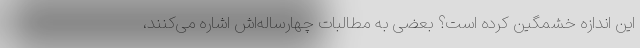
این اندازه خشمگین کرده است؟ بعضی به مطالبات چهارساله‌اش اشاره می‌کنند،